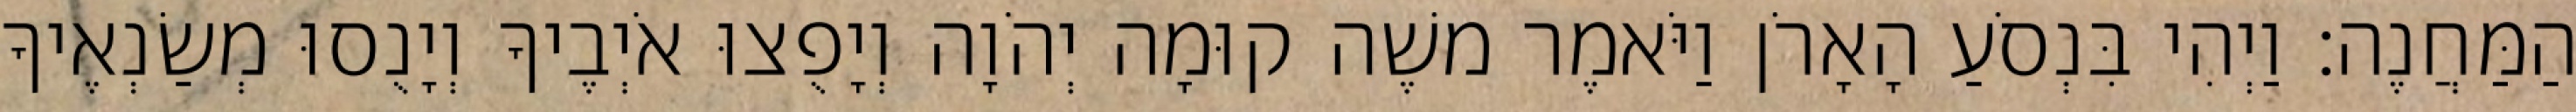
הַמַּחֲנֶה׃ וַיְהִי בִּנְסֹעַ הָאָרֹן וַיֹּאמֶר משֶׁה קוּמָה יְהֹוָה וְיָפֻצוּ אֹיְבֶיךָ וְיָנֻסוּ מְשַׂנְאֶיךָ